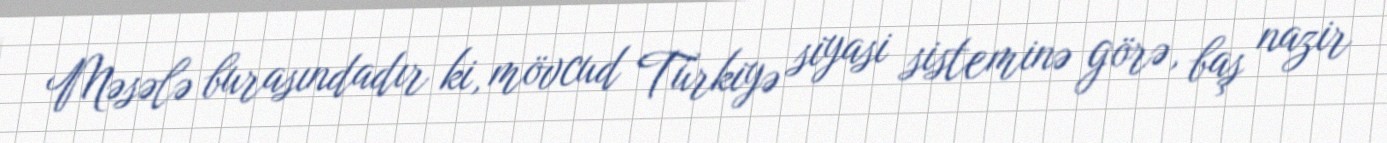
Məsələ burasındadır ki, mövcud Türkiyə siyasi sisteminə görə, baş nazir